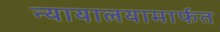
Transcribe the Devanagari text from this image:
न्यायालयामार्फत